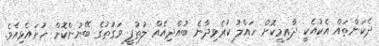
ދެކަންތައް އެކުއެކީ ދާއިމީކޮށް ހައްލު ކުރެވިދާނެ ބުއްދިއެއް ލުތުފީ ވަގުތުގެ ބޭނުންކޮށް ހުށައެޅިއެވެ.